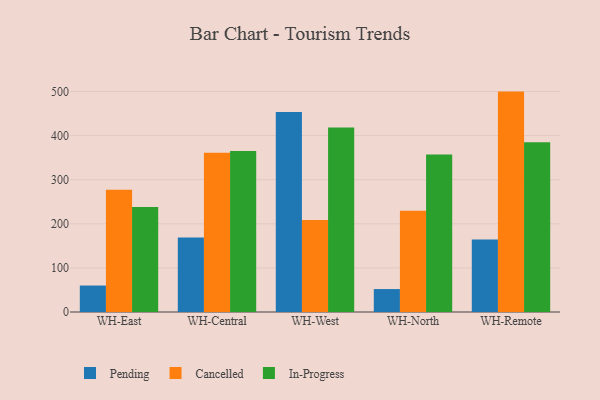
{"axis": {"x": "Warehouse", "y": "Energy Usage (MWh)"}, "legend": ["Cancelled", "In-Progress", "Pending"], "data": [{"x": "WH-East", "y": 60.0, "type": "Pending"}, {"x": "WH-East", "y": 277.1, "type": "Cancelled"}, {"x": "WH-East", "y": 237.9, "type": "In-Progress"}, {"x": "WH-Central", "y": 168.9, "type": "Pending"}, {"x": "WH-Central", "y": 361.3, "type": "Cancelled"}, {"x": "WH-Central", "y": 364.8, "type": "In-Progress"}, {"x": "WH-West", "y": 453.4, "type": "Pending"}, {"x": "WH-West", "y": 208.6, "type": "Cancelled"}, {"x": "WH-West", "y": 418.2, "type": "In-Progress"}, {"x": "WH-North", "y": 52.0, "type": "Pending"}, {"x": "WH-North", "y": 229.3, "type": "Cancelled"}, {"x": "WH-North", "y": 357.1, "type": "In-Progress"}, {"x": "WH-Remote", "y": 164.6, "type": "Pending"}, {"x": "WH-Remote", "y": 499.7, "type": "Cancelled"}, {"x": "WH-Remote", "y": 385.1, "type": "In-Progress"}]}